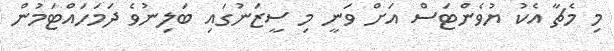
މި މެޗާ އެކު ޔުވެންޓަސް އަށް ވަނީ މި ސީޒަނުގައި ބަލިނުވެ ދަމަހައްޓަމުން